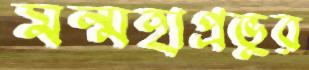
মন্মহাপ্রভুর